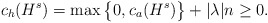
\begin{align*}c_h(H^s)=\max\big\{0,c_a(H^s)\big\}+|\lambda|n\geq 0. \end{align*}